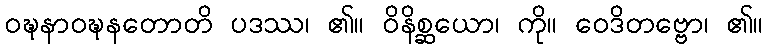
ဝဍ္ဎနာဝဍ္ဎနတောတိ ပဒဿ၊ ၏။ ဝိနိစ္ဆယော၊ ကို။ ဝေဒိတဗ္ဗော၊ ၏။